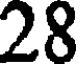
28